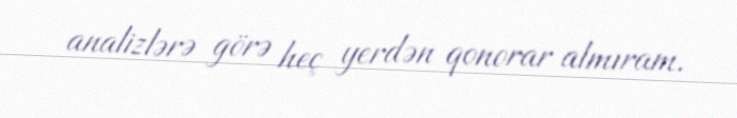
analizlərə görə heç yerdən qonorar almıram.